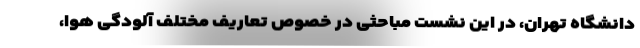
دانشگاه تهران، در این نشست مباحثی در خصوص تعاریف مختلف آلودگی هوا،